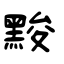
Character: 黢